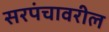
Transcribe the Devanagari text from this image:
सरपंचावरील